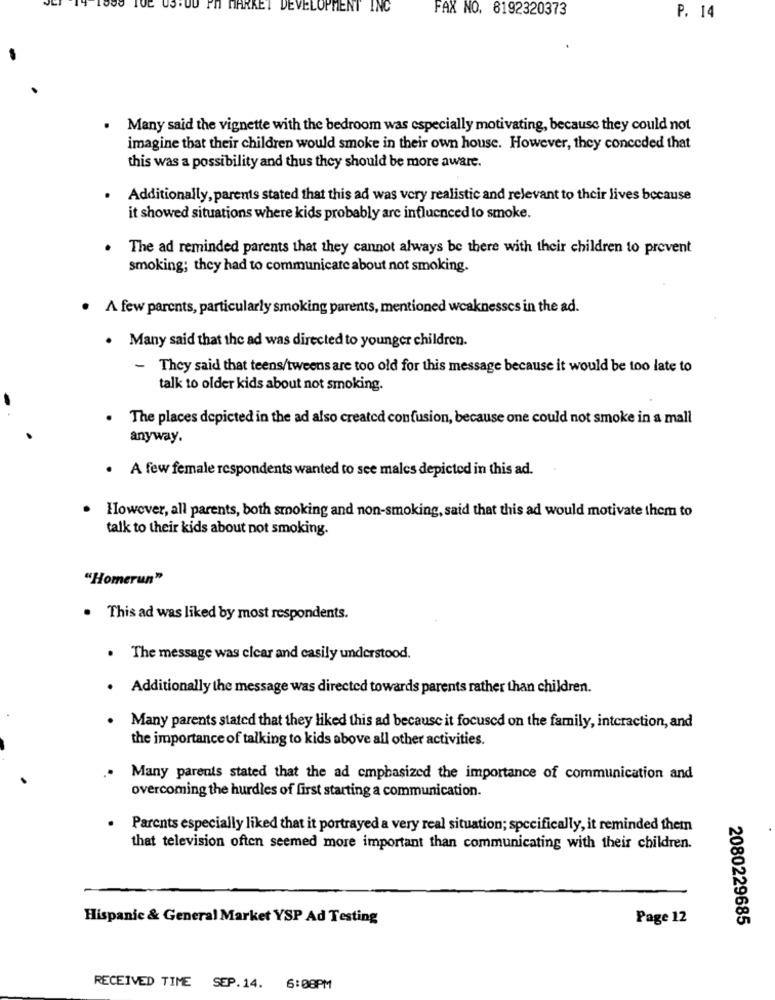
MARKET
DEVELOPMENT INC
FAX NO. 8192320373
P. 14
Many said the vignette with the bedroom was especially motivating, because they could not
imagine that their children would smoke in their own house. However, they conceded that
this was a possibility and thus they should be more aware.
Additionally, parents stated that this ad was very realistic and relevant to their lives because
it showed situations where kids probably arc influenced to smoke.
The ad reminded parents that they cannot always be there with their children to prevent
smoking; they had to communicate about not smoking.
A few parents, particularly smoking parents, mentioned weaknesscs in the ad.
. Many said that the ad was directed to younger children.
- They said that teens/tweens are too old for this message because it would be too late to
talk to older kids about not smoking.
The places depicted in the ad also created confusion, because one could not smoke in a mall
anyway.
. A few female respondents wanted to see males depicted in this ad.
However, all parents, both smoking and non-smoking, said that this ad would motivate them to
talk to their kids about not smoking.
"Homerun"
This ad was liked by most respondents.
. The message was clear and casily understood.
Additionally the message was directed towards parents rather than children.
Many parents stated that they liked this ad because it focused on the family, interaction, and
the importance of talking to kids above all other activities.
Many parents stated that the ad emphasized the importance of communication and
overcoming the hurdles of first starting a communication.
Parents especially liked that it portrayed a very real situation; specifically, it reminded them
that television often seemed more important than communicating with their children.
Hispanic & General Market YSP Ad Testing
Page 12
2080229685
RECEIVED TIME SEP.14.
6:08PM